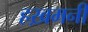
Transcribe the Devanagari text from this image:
हख़मनी